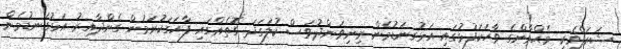
ޝަރަފްވެރި މެޙްމާންގެ ވާހަކަފުޅުގައި އަޅުގނަޑުމެން މިނިވަންދުވަސް ކުލަގަދަ ގޮތެއްގައި ފާހަގަކުރަމުން ގެންދާއިރު އަޅުގަނޑުމެން